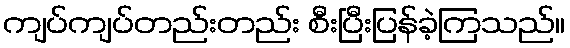
ကျပ်ကျပ်တည်းတည်း စီးပြီးပြန်ခဲ့ကြသည်။